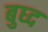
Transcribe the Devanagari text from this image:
बुघ्‍द